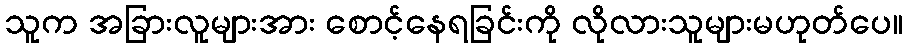
သူက အခြားလူများအား စောင့်နေရခြင်းကို လိုလားသူများမဟုတ်ပေ။